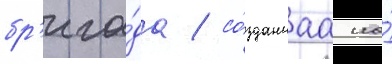
бр'ига́да / со́зданнаа на́